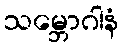
သမ္ဘောဂါနံ